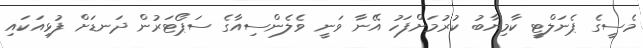
މެސީގެ ޕެނަލްޓީ ކާމިޔާބު ކުރުމަށްފަހު އޭނާ ވަނީ ވެލެންސިއާގެ ސަޕޯޓަރުން ދަނޑަށް ފުޅިއަކައި